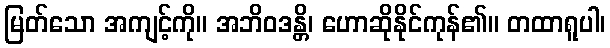
မြတ်သော အကျင့်ကို။ အဘိဝဒန္တိ၊ ဟောဆိုနိုင်ကုန်၏။ တထာရူပါ၊